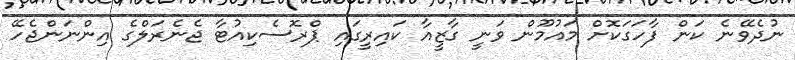
ނުދެވޭނެ ކަން ފާހަގަކޮށް މައުމޫން ވަނީ ގާޒީއާ ކައިރީގައި ޕްރޮސެކިއުޓާ ޖެނެރަލްގެ އިންނަންޖެހޭ